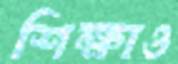
শিক্ষাও